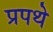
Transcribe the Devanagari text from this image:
प्रपथे